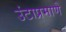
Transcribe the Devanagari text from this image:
उंटाप्रमाणे